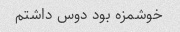
خوشمزه بود دوس داشتم